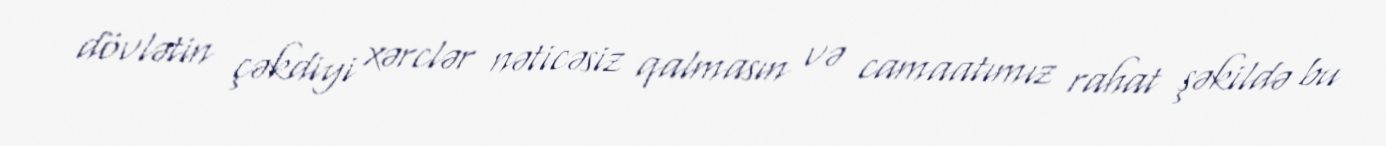
dövlətin çəkdiyi xərclər nəticəsiz qalmasın və camaatımız rahat şəkildə bu